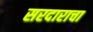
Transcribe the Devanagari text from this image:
सरदाराचा